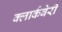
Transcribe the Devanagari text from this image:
क्लार्कबेरी